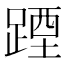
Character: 𲃰